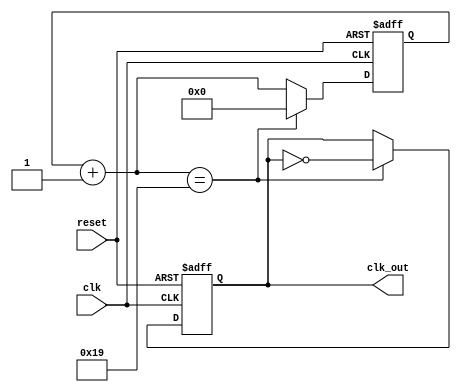
`timescale 1ns / 1ps
module clockDiv
#( 
parameter WIDTH = 6, // Width of the register required
parameter N = 25 // We will divide by 12 for example in this case
)
(clk,reset, clk_out);
 
input clk;
input reset;
output clk_out;
 
reg [WIDTH-1:0] r_reg;
wire [WIDTH-1:0] r_nxt;
reg clk_track;
 
always @(posedge clk or posedge reset)
 
begin
  if (reset)
     begin
        r_reg <= 0;
	clk_track <= 1'b0;
     end
 
  else if (r_nxt == N)
 	   begin
	     r_reg <= 0;
	     clk_track <= ~clk_track;
	   end
 
  else 
      r_reg <= r_nxt;
end
 
 assign r_nxt = r_reg+1;   	      
 assign clk_out = clk_track;
endmodule